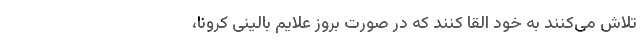
تلاش می‌کنند به خود القا کنند که در صورت بروز علایم بالینی کرونا،